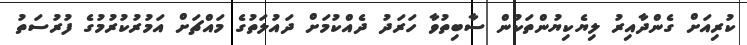
ކުރިއަށް ގެންދާއިރު ލިޔެކިޔުންތަކުން ސާބިތުވާ ހަރަދު ދެއްކުމަށް ދައުލަތުގެ މައްޗަށް އަމުރުކުރުމުގެ ފުރުސަތު